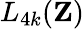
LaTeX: L_{4k}(\mathbf{Z})